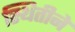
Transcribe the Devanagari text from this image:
स्थितीने